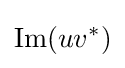
\mathrm {Im} (uv^{*})